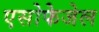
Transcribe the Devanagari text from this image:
एसोफेजेल